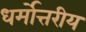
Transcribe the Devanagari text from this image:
धर्मोत्तरीय